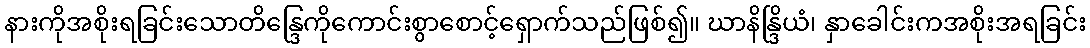
နားကိုအစိုးရခြင်းသောတိန္ဒြေကိုကောင်းစွာစောင့်ရှောက်သည်ဖြစ်၍။ ဃာနိန္ဒြိယံ၊ နှာခေါင်းကအစိုးအရခြင်း